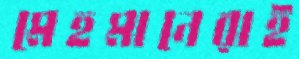
মেহমানেরাই